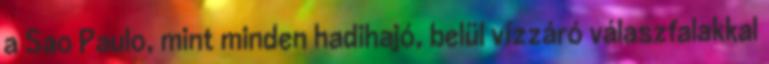
a Sao Paulo, mint minden hadihajó, belül vízzáró válaszfalakkal